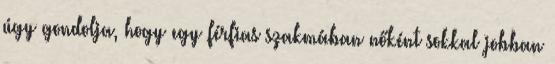
úgy gondolja, hogy egy férfias szakmában nőként sokkal jobban